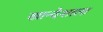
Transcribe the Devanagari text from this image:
खान्देशाला